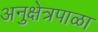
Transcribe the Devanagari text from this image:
अनुक्षेत्रपाळा